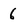
Character: 6